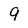
Character: 9